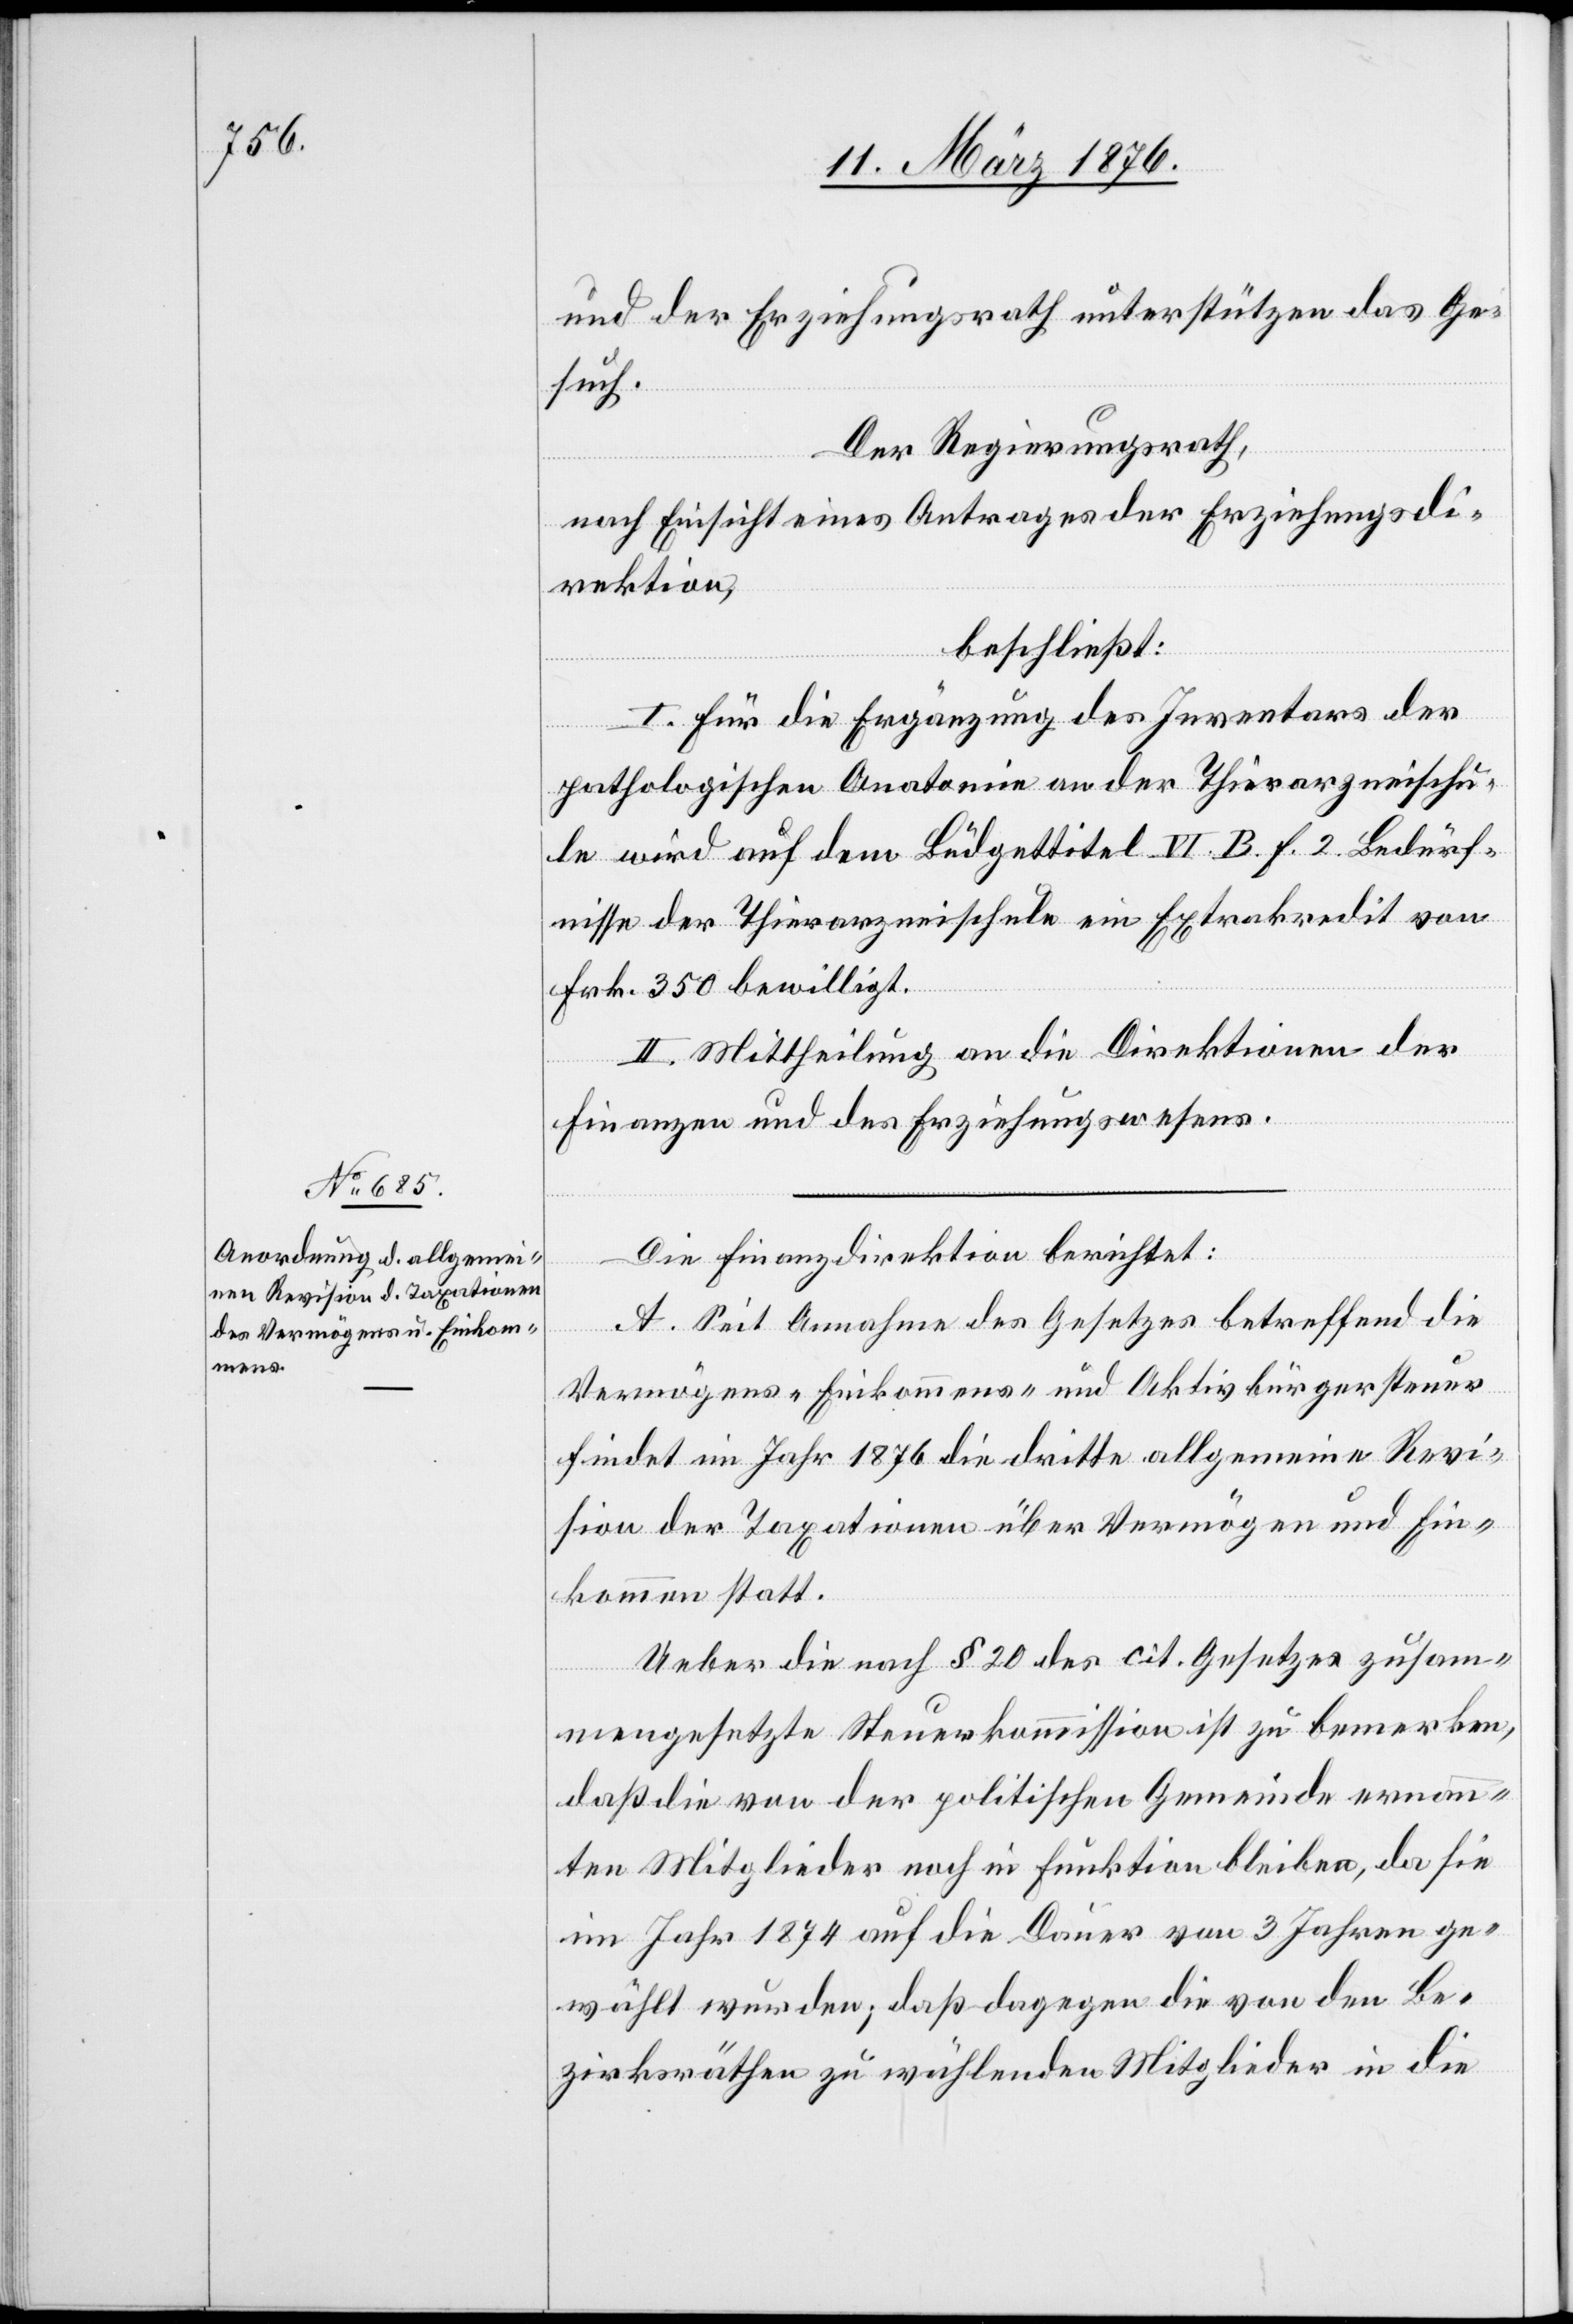
und der Erziehungsrath unterstützen das Ge¬
such.
Der Regierungsrath,
nach Einsicht eines Antrages der Erziehungsdi¬
rektion,
beschließt:
I. Für die Ergänzung des Inventars der
pathologischen Anatomie an der Thierarzneischu¬
le wird auf dem Büdgettitel VI. B. f. 2. Bedürf¬
nisse der Thierarzneischule ein Extrakredit von
Frk. 350 bewilligt.
II. Mittheilung an die Direktionen der
Finanzen und des Erziehungswesens.
Die Finanzdirektion berichtet:
A. Seit Annahme des Gesetzes betreffend die
Vermögens-[,] Einkommens- und Aktivbürgersteuer
findet im Jahr 1876 die dritte allgemeine Revi¬
sion der Taxationen über Vermögen und Ein¬
kommen statt.
Ueber die nach § 20 des cit. Gesetzes zusam¬
mengesetzte Steuerkommission ist zu bemerken,
daß die von der politischen Gemeinde ernann¬
ten Mitglieder noch in Funktion bleiben, da sie
im Jahr 1874 auf die Dauer von 3 Jahren ge¬
wählt wurden; daß dagegen die von den Be¬
zirksräthen zu wählenden Mitglieder in die